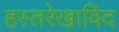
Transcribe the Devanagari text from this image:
हस्तरेखाविद